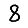
Digit: 8